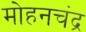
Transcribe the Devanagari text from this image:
मोहनचंद्र